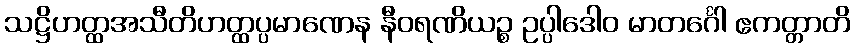
သဋ္ဌိဟတ္ထအသီတိဟတ္ထပ္ပမာဏေန နီဝရဏိယဉ္စ ဥပ္ပါဒေါဝ မာတင်္ဂေါ ဧကတ္တာတိ